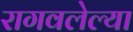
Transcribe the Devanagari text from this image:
रागवलेल्या